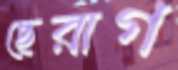
ছেরাগ